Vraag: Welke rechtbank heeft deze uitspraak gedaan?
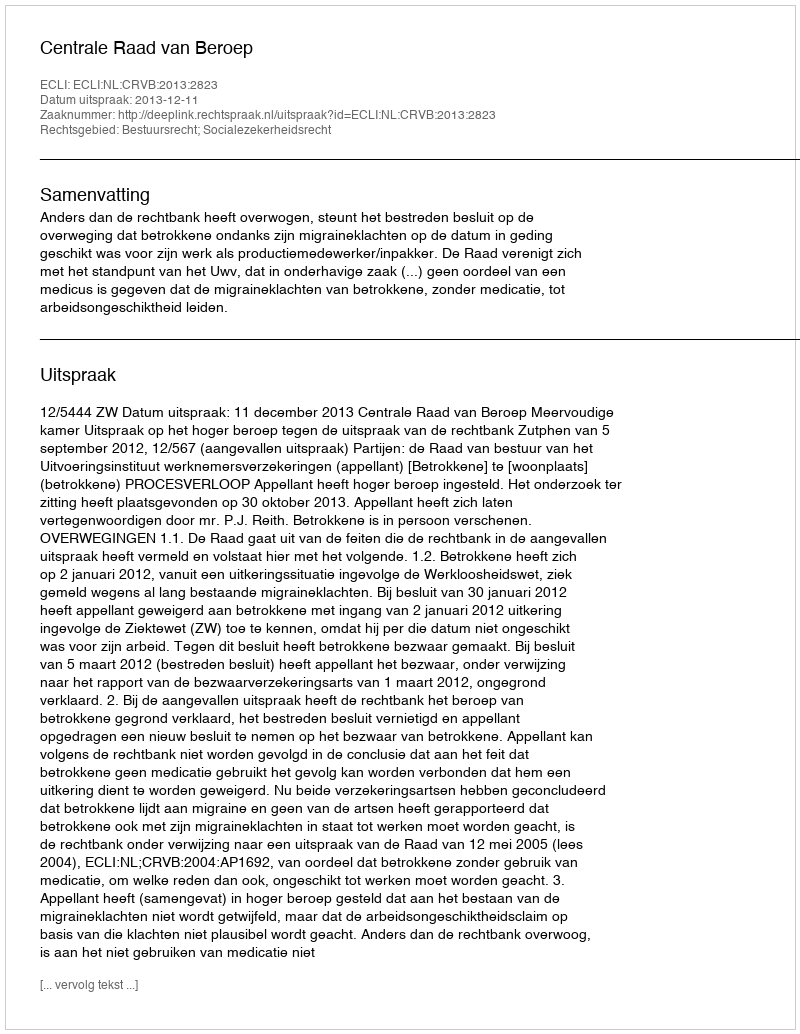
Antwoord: Centrale Raad van Beroep